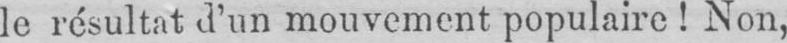
le résultat d’un mouvement populaire!Non,